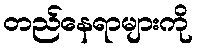
တည်နေရာများကို